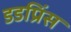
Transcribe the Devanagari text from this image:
डडप्रिंस